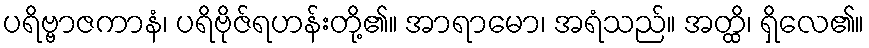
ပရိဗ္ဗာဇကာနံ၊ ပရိဗိုဇ်ရဟန်းတို့၏။ အာရာမော၊ အရံသည်။ အတ္ထိ၊ ရှိလေ၏။